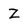
Character: Z